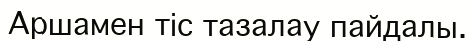
Аршамен тіс тазалау пайдалы.